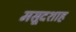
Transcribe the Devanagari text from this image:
मसूदशाह